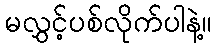
မလွှင့်ပစ်လိုက်ပါနဲ့။